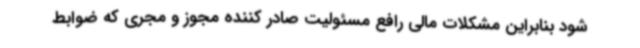
شود بنابراین مشکلات مالی رافع مسئولیت صادر کننده مجوز و مجری که ضوابط